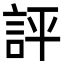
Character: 評